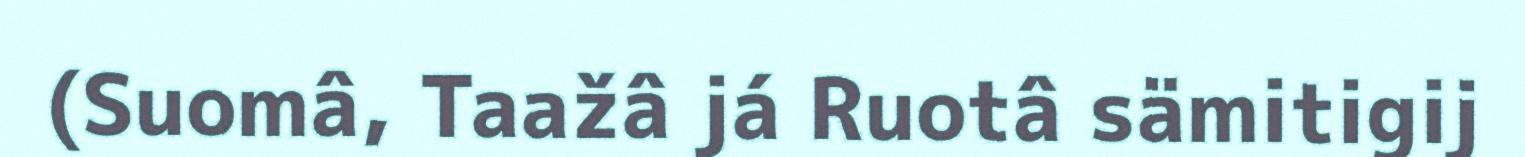
(Suomâ, Taažâ já Ruotâ sämitigij